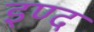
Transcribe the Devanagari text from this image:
इण्द